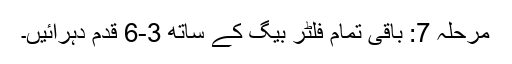
مرحلہ 7: باقی تمام فلٹر بیگ کے ساتھ 3-6 قدم دہرائیں۔